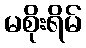
မစိုးရိမ်